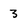
Character: 3